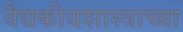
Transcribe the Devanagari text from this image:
वैद्यकीयशास्त्राच्या